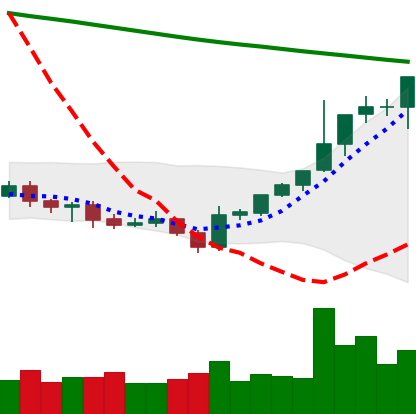
Ticker: BTC-USD
Chart end date: 2021-07-30
Forward return: -5.891%
Label: down_5_7